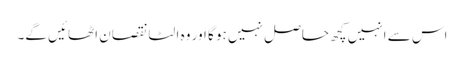
اس سے انہیں کچھ حاصل نہیں ہو گا اور وہ الٹا نقصان اٹھائیں گے۔